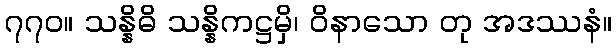
၇၇၀။ သန္နိဓိ သန္နိကဋ္ဌမှိ၊ ဝိနာသော တု အဒဿနံ။